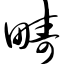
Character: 畴